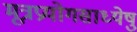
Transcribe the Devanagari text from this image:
मूत्रप्रयोगसाध्येषु